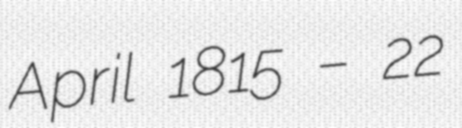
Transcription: April 1815 – 22